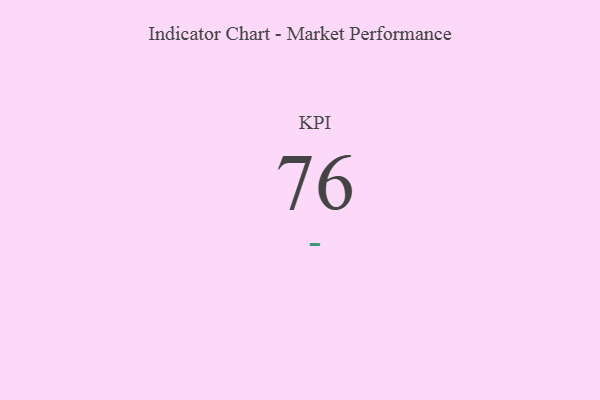
{"axis": {"x": "KPI", "y": "Value"}, "legend": [""], "data": [{"x": "KPI", "y": 76, "type": ""}]}